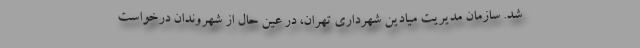
شد. سازمان مدیریت میادین شهرداری تهران، در عین حال از شهروندان درخواست